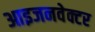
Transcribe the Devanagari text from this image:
आइजनवेक्टर